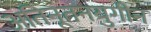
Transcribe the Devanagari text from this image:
अतिनूतनयुगीन